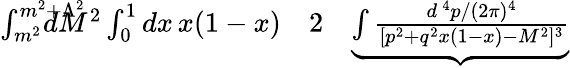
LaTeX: \begin{array}{rlr}{\int_{m^{2}}^{m^{2}+\Lambda^{2}}\! \! \! \! \! \! \! \! \! \! dM^{2}\int_{0}^{1}dx\, x(1-x)}&{{}2}&{\underbrace{\int{\frac{d^{\, 4}p/(2\pi)^{4}}{[p^{2}+q^{2}x(1-x)-M^{2}]^{3}}}}}\end{array}